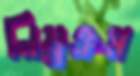
নিম্নক্রম